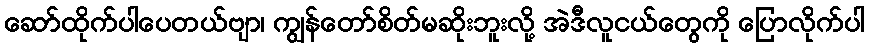
ဆော်ထိုက်ပါပေတယ်ဗျာ၊ ကျွန်တော်စိတ်မဆိုးဘူးလို့ အဲဒီလူငယ်တွေကို ပြောလိုက်ပါ